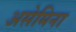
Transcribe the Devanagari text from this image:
असेमिना